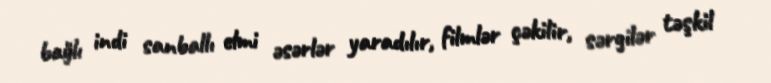
bağlı indi sanballı elmi əsərlər yaradılır, filmlər çəkilir, sərgilər təşkil